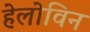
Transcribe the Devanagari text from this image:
हेलोविन